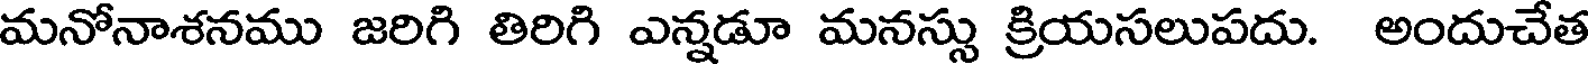
మనోనాశనము జరిగి తిరిగి ఎన్నడూ మనస్సు క్రియసలుపదు. అందుచేత